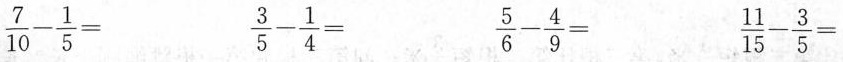
$$\frac { 7 } { 1 0 } - \frac { 1 } { 5 } =$$ $$\frac { 3 } { 5 } - \frac { 1 } { 4 } = $$ $$\frac { 5 } { 6 } - \frac { 4 } { 9 } = $$ $$\frac { 1 1 } { 1 5 } - \frac { 3 } { 5 } = $$